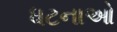
ધટનાઓ